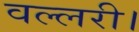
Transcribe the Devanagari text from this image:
वल्लरी।